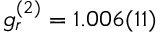
g _ { r } ^ { ( 2 ) } = 1 . 0 0 6 ( 1 1 )